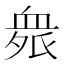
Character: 𲀘